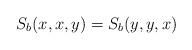
LaTeX: \begin{align*}S_{b}(x,x,y)=S_{b}(y,y,x) \end{align*}